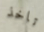
تاخذ